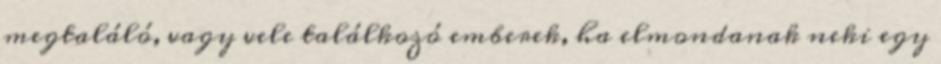
megtaláló, vagy vele találkozó emberek, ha elmondanak neki egy